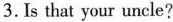
3. Is that your uncle?